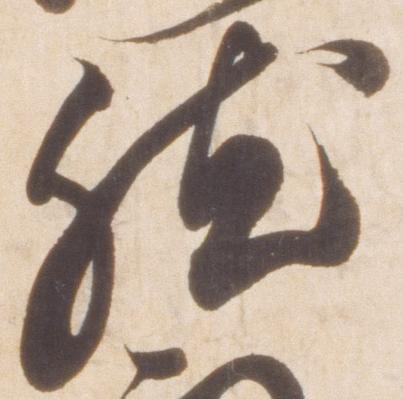
然